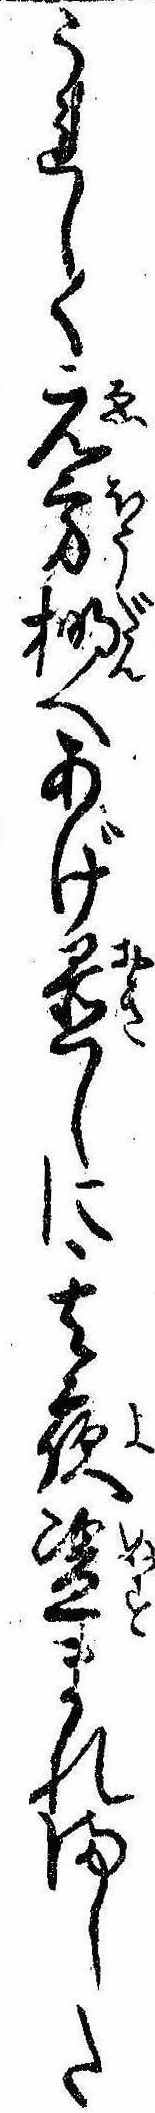
うれしくえ方棚へあげ置しに其夜盗まれました